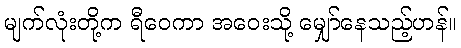
မျက်လုံးတို့က ရီဝေကာ အဝေးသို့ မျှော်နေသည့်ဟန်။